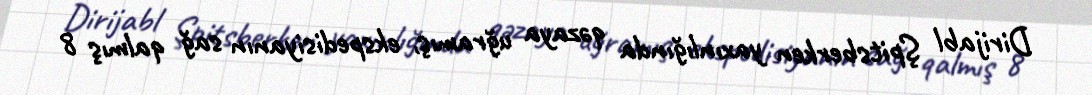
Dirijabl Şpitsberken yaxınlığında qəzaya uğramış, ekspedisiyanın sağ qalmış 8